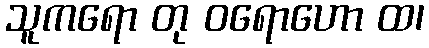
သူကရော တု ဝရောဟော ထ၊